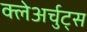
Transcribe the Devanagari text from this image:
क्लेअर्चुट्स